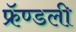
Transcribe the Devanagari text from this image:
फ्रॅण्डली